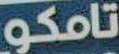
تامكو